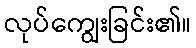
လုပ်ကျွေးခြင်း၏။